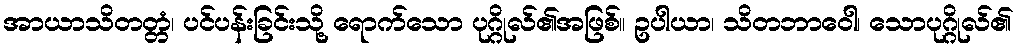
အာယာသိတတ္တံ၊ ပင်ပန်းခြင်းသို့ ရောက်သော ပုဂ္ဂိုလ်၏အဖြစ်။ ဥပါယာ၊ သိတဘာဝေါ၊ သောပုဂ္ဂိုလ်၏